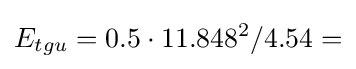
E_{tgu}=0.5\cdot 11.848^{2}/4.54=